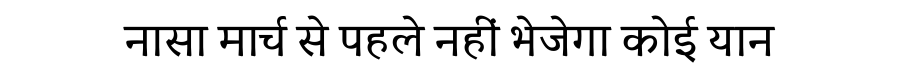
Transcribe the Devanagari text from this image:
नासा मार्च से पहले नहीं भेजेगा कोई यान